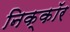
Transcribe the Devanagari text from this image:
निक्कॉर